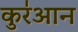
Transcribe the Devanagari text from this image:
कुर॑आन